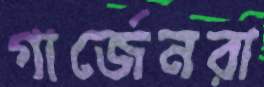
গার্জেনরা